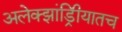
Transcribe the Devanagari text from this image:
अलेक्झांड्रिीयातच